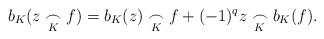
LaTeX: \begin{align*} b_K(z \underset{K}{\frown} f)= b_K(z) \underset{K}{\frown} f +(-1)^q z \underset{K}{\frown} b_K(f).\end{align*}